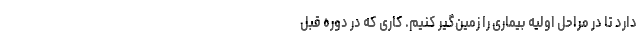
دارد تا در مراحل اولیه بیماری را زمین‌گیر کنیم. کاری که در دوره قبل